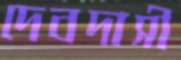
দেবদাসী